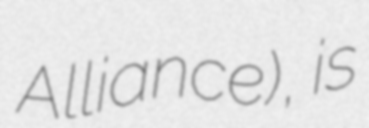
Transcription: Alliance), is